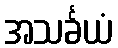
အသင်္ခယံ